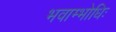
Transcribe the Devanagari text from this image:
भवाम्भोधिः